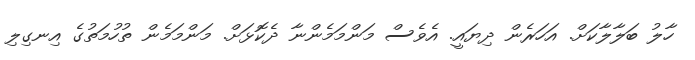
ހާލު ބަލާލާކަށް. އަހަރެން ދިޔައީ. އެވެސް މަންމަމެންނާ ދެކޮޅަށް. މަންމަމެން ތުހުމަތުގެ އިނގިލި